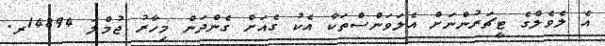
އެ ލެވެލްގެ ޓީޗަރުންނަށް އެލަވަންސްތަކާ އެކު ގެއަށް ގެންދަން މިހާރު ޖުމްލަ 14894ރ.